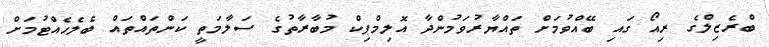
ބްރެޒިލްގެ ރިއޯ ގައި ބޭއްވުމަށް ތައްޔާރުވަމުންދާ އޮލިމްޕިކް މުބާރާތުގެ ސަލާމަތީ ކަންތައްތައް ބެލެހެއްޓުމަށް